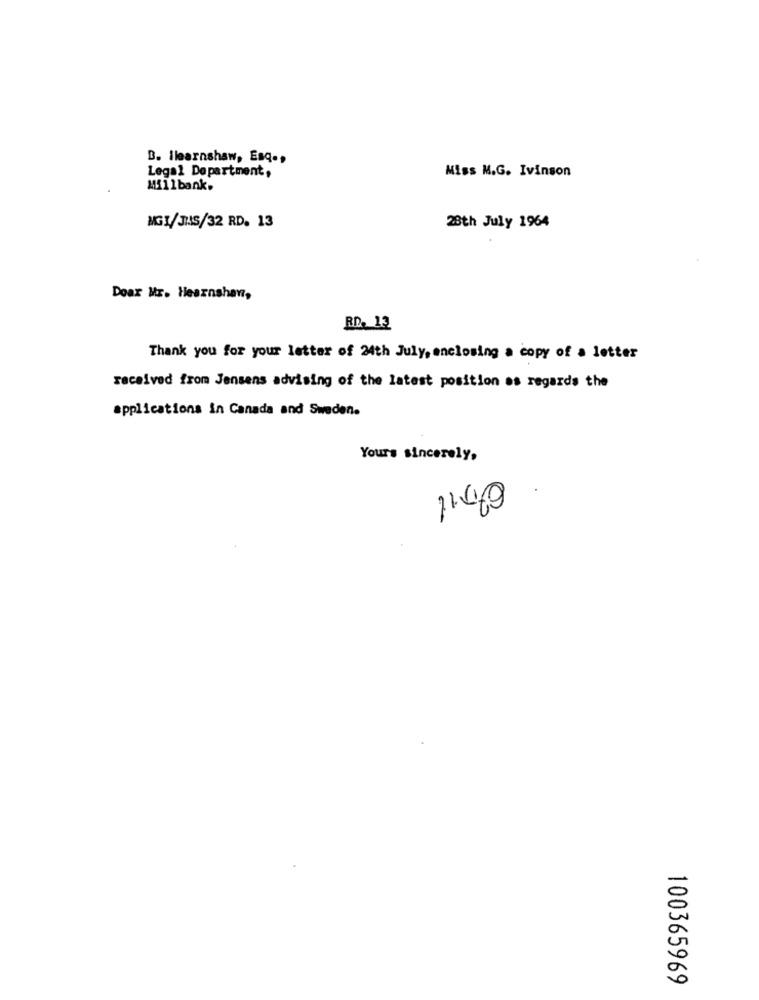
B. Ilearnshaw, Esq .,
Legal Department,
Miss M.G. Ivinson
Millbank.
MGI/JUS/32 RD. 13
28th July 1964
Dear Mr. Hearnshan,
RD. 13
Thank you for your letter of 24th July, enclosing a copy of a letter
received from Jensens advising of the latest position as regards the
applications in Canada and Sweden.
Yours sincerely,
.
100365969